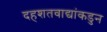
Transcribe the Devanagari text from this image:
दहशतवाद्यांकडुन